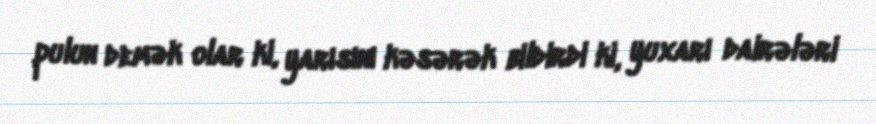
pulun demək olar ki, yarısını kəsərək bildirdi ki, yuxarı dairələri